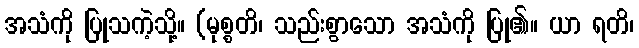
အသံကို ပြုသကဲ့သို့။ (မုစ္စတိ၊ သည်းစွာသော အသံကို ပြု၏။ ယာ ရတိ၊